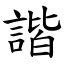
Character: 諧